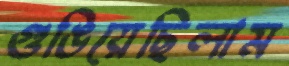
গুঙিয়েছিলাম